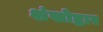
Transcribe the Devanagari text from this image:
शंखोद्धार